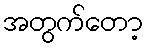
အတွက်တော့